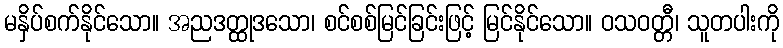
မနှိပ်စက်နိုင်သော။ အညဒတ္ထုဒသော၊ စင်စစ်မြင်ခြင်းဖြင့် မြင်နိုင်သော။ ဝသဝတ္တီ၊ သူတပါးကို